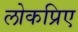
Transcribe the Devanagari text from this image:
लोकप्रिए